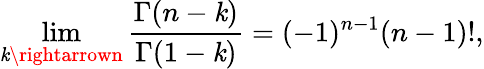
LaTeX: \operatorname*{lim}_{\mathit{k}\rightarrown}\frac{{\Gamma(n-\mathit{k})}}{{\Gamma(1-\mathit{k})}}=(-1)^{n-1}(n-1)!,